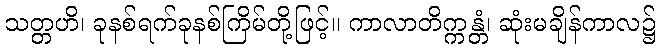
သတ္တဟိ၊ ခုနစ်ရက်ခုနစ်ကြိမ်တို့ဖြင့်။ ကာလာတိက္ကန္တံ၊ ဆုံးမချိန်ကာလ၌